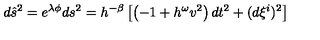
d \hat { s } ^ { 2 } = e ^ { \lambda \phi } d s ^ { 2 } = h ^ { - \beta } \left[ \left( - 1 + h ^ { \omega } v ^ { 2 } \right) d t ^ { 2 } + ( d \xi ^ { i } ) ^ { 2 } \right]